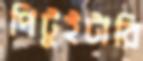
পিটুইটারি